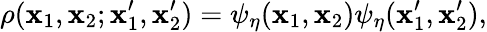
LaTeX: \rho(\mathbf{x}_{1},\mathbf{x}_{2};\mathbf{x}_{1}^{\prime},\mathbf{x}_{2}^{\prime})=\psi_{\eta}(\mathbf{x}_{1},\mathbf{x}_{2})\psi_{\eta}(\mathbf{x}_{1}^{\prime},\mathbf{x}_{2}^{\prime}),